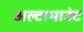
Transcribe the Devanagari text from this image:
अल्टामाउंट